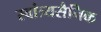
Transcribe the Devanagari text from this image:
स्वांत्र्यसैनिक